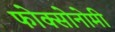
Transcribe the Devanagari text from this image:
फोक्सोनोमी